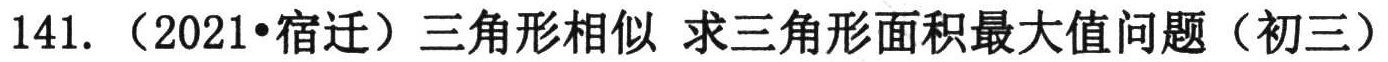
141. （2021•宿迁）三角形相似 求三角形面积最大值问题（初三）